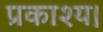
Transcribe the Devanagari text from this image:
प्रकाश्य।